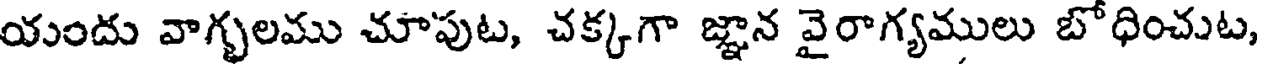
యందు వాగ్భలము చూపుట, చక్కగా జ్ఞాన వైరాగ్యములు బోధించుట,